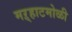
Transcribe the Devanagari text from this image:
मऱ्हाटमोळी